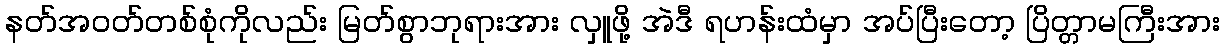
နတ်အဝတ်တစ်စုံကိုလည်း မြတ်စွာဘုရားအား လှူဖို့ အဲဒီ ရဟန်းထံမှာ အပ်ပြီးတော့ ပြိတ္တာမကြီးအား